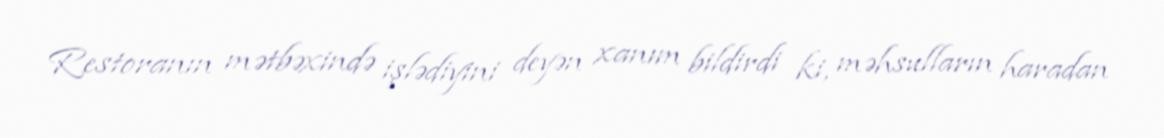
Restoranın mətbəxində işlədiyini deyən xanım bildirdi ki, məhsulların haradan